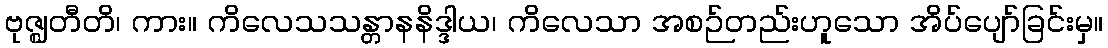
ဗုဇ္ဈတီတိ၊ ကား။ ကိလေသသန္တာနနိဒ္ဒါယ၊ ကိလေသာ အစဉ်တည်းဟူသော အိပ်ပျော်ခြင်းမှ။